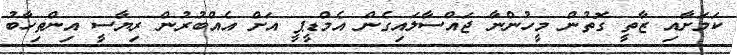
ކަމަށާއި ޒާތީ ގޮތުން މީހުންނާ ޖައްސާލައިގެން އެމްޑީޕީ އަށް އެއްބުރުން ރިޔާސީ އިންތިހާބު